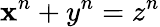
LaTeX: \mathbf{x}^{n}+y^{n}=z^{n}